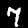
Digit: 7